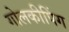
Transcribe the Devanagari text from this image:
गोलकीपिंग